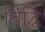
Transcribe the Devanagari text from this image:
विर्द्धि